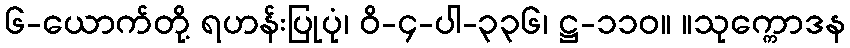
၆-ယောက်တို့ ရဟန်းပြုပုံ၊ ဝိ-၄-ပါ-၃၃၆၊ ဋ္ဌ-၁၁၀။ ။သုက္ကောဒန